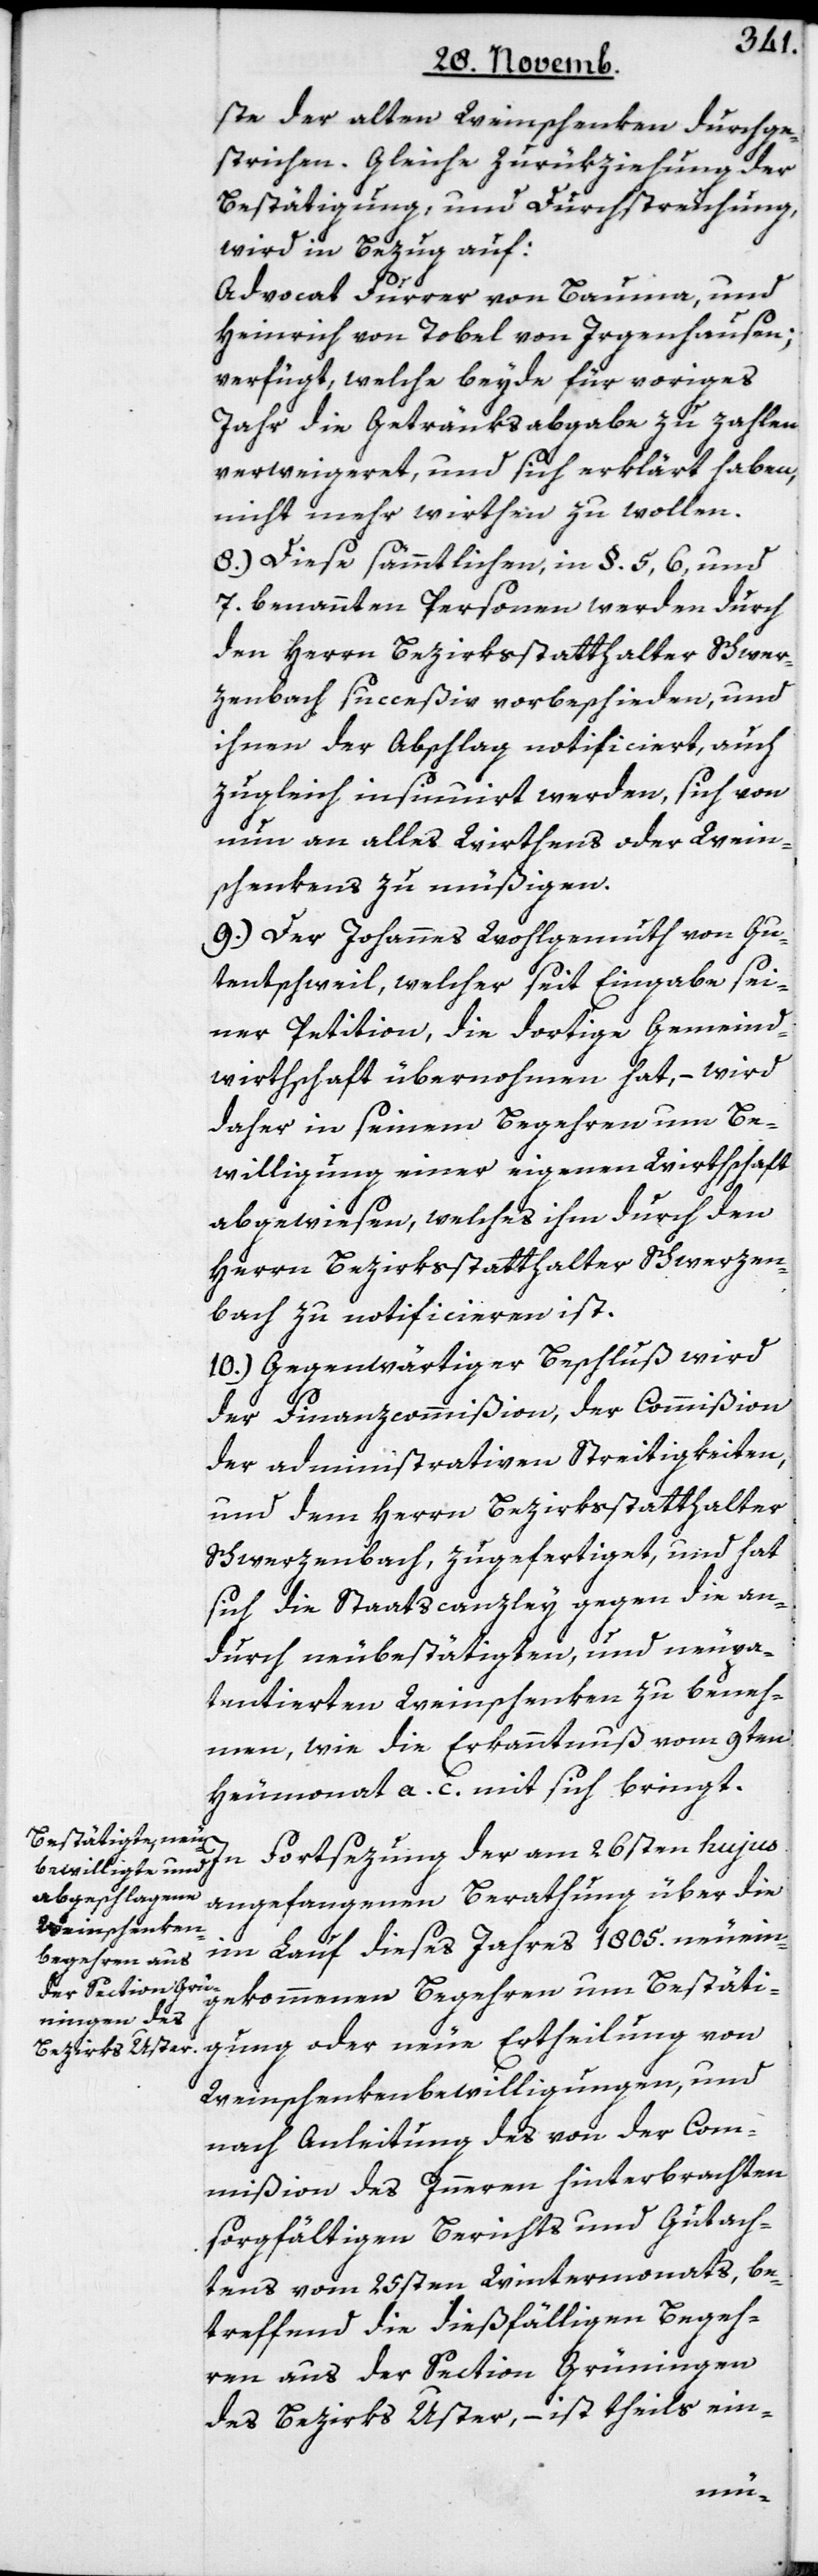
ste der alten Weinschenken durchge¬
strichen. Gleiche Zurükziehung der
Bestätigung und Durchstreichung
wird in Bezug auf:
Advocat Furrer von Bauma, und
Heinrich von Tobel von Irgenhausen;
verfügt, welche beyde für voriges
Jahr die Getränksabgaabe zu zahlen
verweigeret und sich erklärt haben,
nicht mehr wirthen zu wollen.
8.) Diese sämmtlichen, in §. 5, 6 und
7. benannten Personen werden durch
den Herrn Bezirksstatthalter Schwer¬
zenbach succeßiv vorbeschieden, und
ihnen der Abschlag notificiert, auch
zugleich insinuiert werden, sich von
nun an alles Wirthens oder Wein¬
schenkens zu müßigen.
9.) Der Johannes Wohlgemuth von Gu¬
tenschweil, welcher seit Eingabe sei¬
ner Petition, die dortige Gemeind¬
wirthschaft übernommen hat, – wird
daher in seinem Begehren um Be¬
willigung einer eigenen Wirthschaft
abgewiesen, welches ihm durch den
Herrn Bezirksstatthalter Schwerzen¬
bach zu notificieren ist.
10.) Gegenwärtiger Beschluß wird
der Finanzcommißion, der Commißion
der administrativen Streitigkeiten,
und dem Herrn Bezirksstatthalter
Schwerzenbach, zugefertiget, und hat
sich die Staatscanzley gegen die an¬
durch neubestätigten und neu pa¬
tentierten Weinschenken zu beneh¬
men, wie die Erkanntnuß vom 9ten
Heumonat a. c. mit sich bringt.
In Fortsetzung der am 26sten hujus
angefangenen Berathung über die
im Lauf dieses Jahres 1805. neuein¬
gekommenen Begehren um Bestäti¬
gung oder neue Ertheilung von
Weinschenkenbewilligungen, und
nach Anleitung des von der Com¬
mißion des Innern hinterbrachten
sorgfältigen Berichts und Gutach¬
tens vom 25sten Wintermonats, be¬
treffend die dießfälligen Begeh¬
ren aus der Section Grüningen
des Bezirks Uster, – ist theils ein-